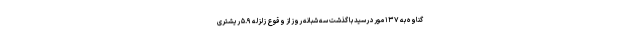
گناوه به ۱۳۷ مورد رسید با گذشت سه شبانه روز از وقوع زلزله ۵.۹ ریشتری